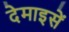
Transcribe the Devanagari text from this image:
देमाइसें